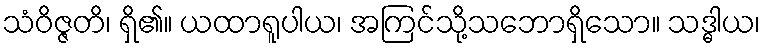
သံဝိဇ္ဇတိ၊ ရှိ၏။ ယထာရူပါယ၊ အကြင်သို့သဘောရှိသော။ သဒ္ဓါယ၊